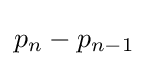
{p_{n}-p_{n-1}}